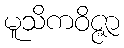
မူသိကဝိဇ္ဇာ